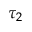
\tau _ { 2 }